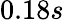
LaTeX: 0.18s